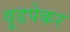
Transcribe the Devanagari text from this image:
वूडपेकर